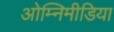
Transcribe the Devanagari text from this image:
ओम्‍निमीडिया